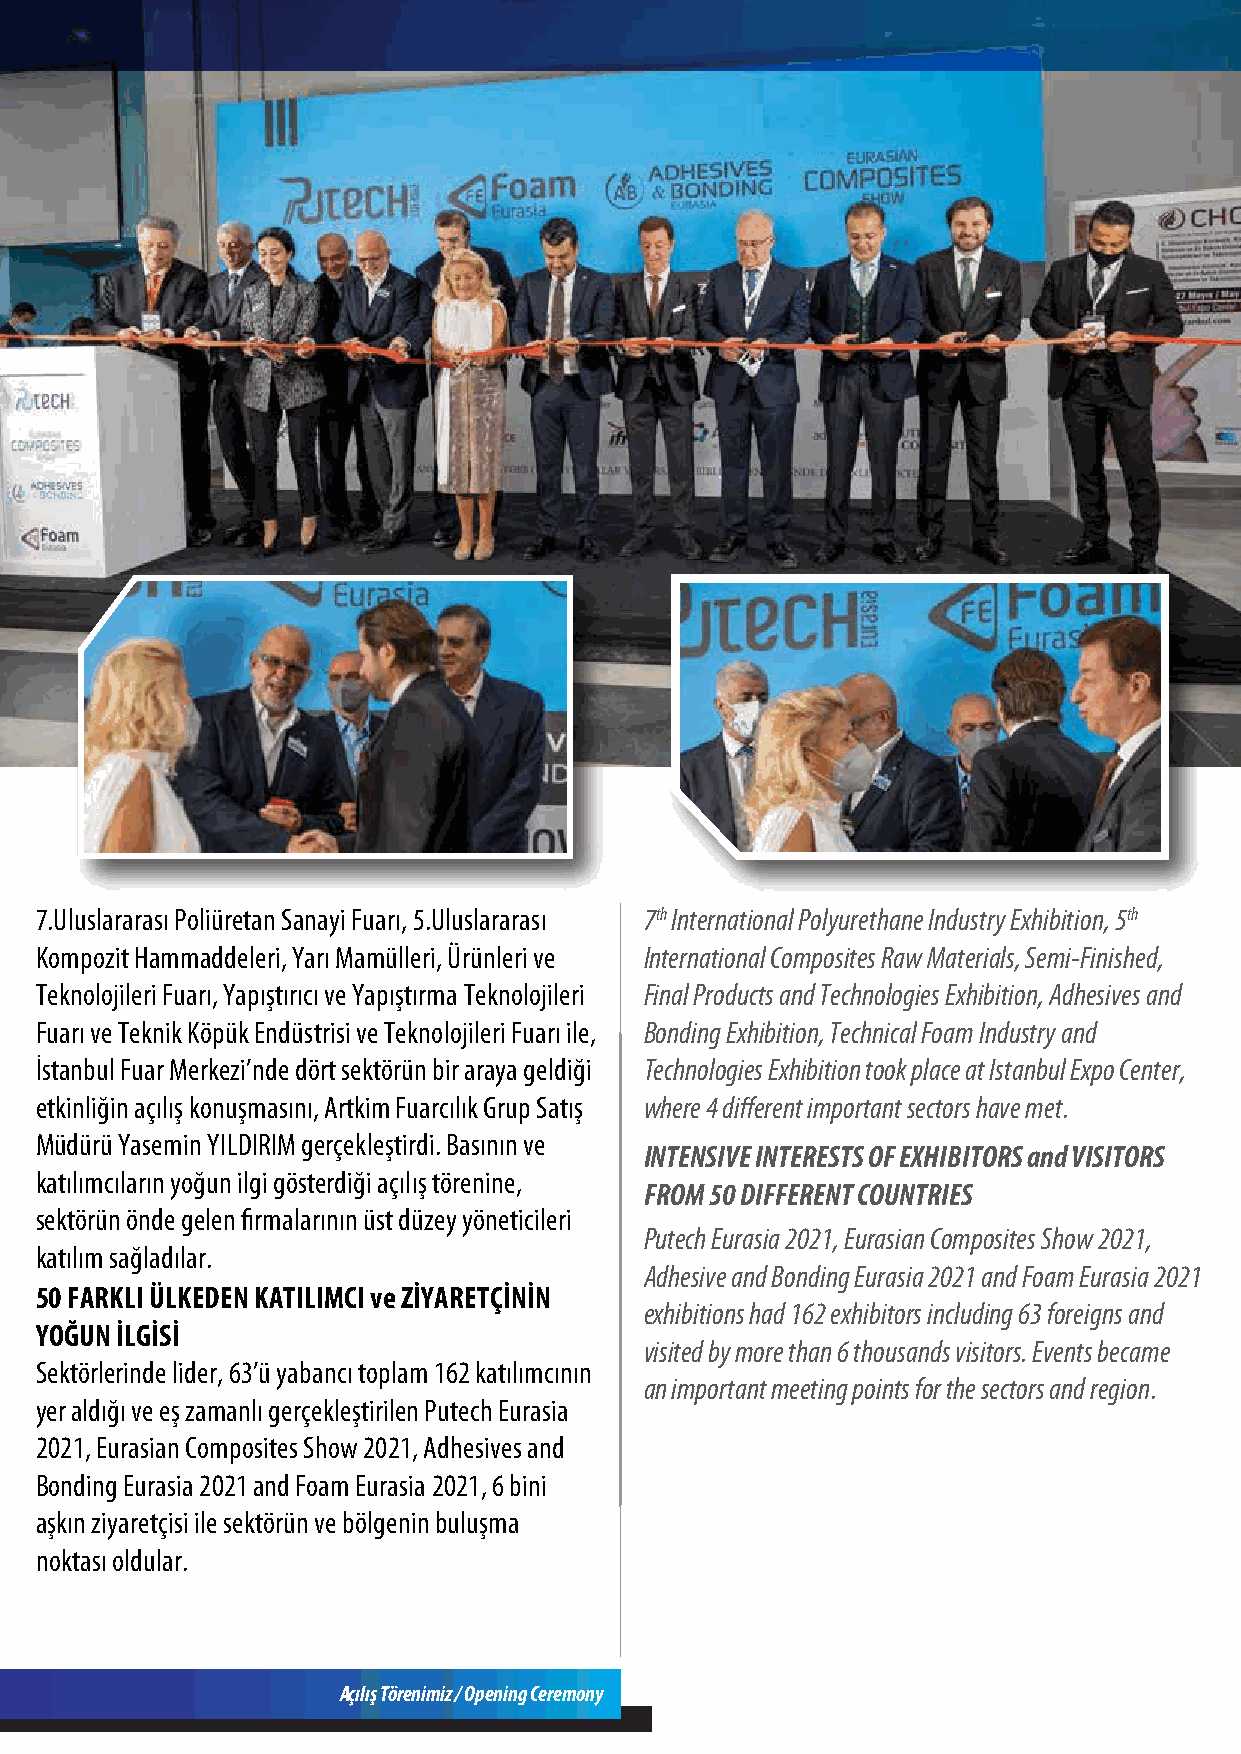
7.Uluslararası Poliüretan Sanayi Fuarı, 5.Uluslararası 7th International Polyurethane Industry Exhibition, 5th
 Kompozit Hammaddeleri, Yarı Mamülleri, Ürünleri ve International Composites Raw Materials, Semi-Finished,
 Teknolojileri Fuarı, Yapıştırıcı ve Yapıştırma Teknolojileri Final Products and Technologies Exhibition, Adhesives and
 Fuarı ve Teknik Köpük Endüstrisi ve Teknolojileri Fuarı ile, Bonding Exhibition, Technical Foam Industry and
 İstanbul Fuar Merkezi’nde dört sektörün bir araya geldiği Technologies Exhibition took place at Istanbul Expo Center,
 etkinliğin açılış konuşmasını, Artkim Fuarcılık Grup Satış where 4 different important sectors have met.
 Müdürü Yasemin YILDIRIM gerçekleştirdi. Basının ve
 INTENSIVE INTERESTS OF EXHIBITORS and VISITORS
 katılımcıların yoğun ilgi gösterdiği açılış törenine,
 FROM 50 DIFFERENT COUNTRIES
 sektörün önde gelen firmalarının üst düzey yöneticileri
 Putech Eurasia 2021, Eurasian Composites Show 2021,
 katılım sağladılar.
 Adhesive and Bonding Eurasia 2021 and Foam Eurasia 2021
 50 FARKLI ÜLKEDEN KATILIMCI ve ZİYARETÇİNİN
 exhibitions had 162 exhibitors including 63 foreigns and
 YOĞUN İLGİSİ
 visited by more than 6 thousands visitors. Events became
 Sektörlerinde lider, 63’ü yabancı toplam 162 katılımcının
 an important meeting points for the sectors and region.
 yer aldığı ve eş zamanlı gerçekleştirilen Putech Eurasia
 2021, Eurasian Composites Show 2021, Adhesives and
 Bonding Eurasia 2021 and Foam Eurasia 2021, 6 bini
 aşkın ziyaretçisi ile sektörün ve bölgenin buluşma
 noktası oldular.
 Açılış Törenimiz / Opening Ceremony